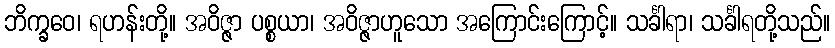
ဘိက္ခဝေ၊ ရဟန်းတို့။ အဝိဇ္ဇာ ပစ္စယာ၊ အဝိဇ္ဇာဟူသော အကြောင်းကြောင့်။ သင်္ခါရာ၊ သင်္ခါရတို့သည်။